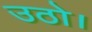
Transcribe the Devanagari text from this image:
उठो।